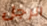
الرجل